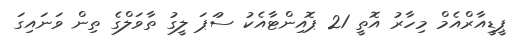
ޕީޑީއާރްއެމް މިހާރު އޮތީ 21 ޕޮއިންޓާއެކު ސުަޕަ ލީގު ތާވަލްގެ ތިން ވަނައިގަ